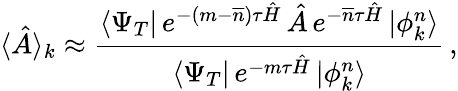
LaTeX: \langle\hat{A}\rangle_{k}\approx\frac{\langle\Psi_{T}|\, e^{-(m-{\overline{n}})\tau\hat{H}}\, \hat{A}\, e^{-{\overline{n}}\tau\hat{H}}\, |\phi_{k}^{n}\rangle}{\langle\Psi_{T}|\, e^{-m\tau\hat{H}}\, |\phi_{k}^{n}\rangle}\, ,